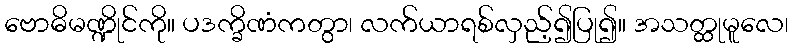
ဗောဓိမဏ္ဍိုင်ကို။ ပဒက္ခိဏံကတွာ၊ လက်ယာရစ်လှည့်၍ပြု၍။ အသတ္ထုမူလေ၊